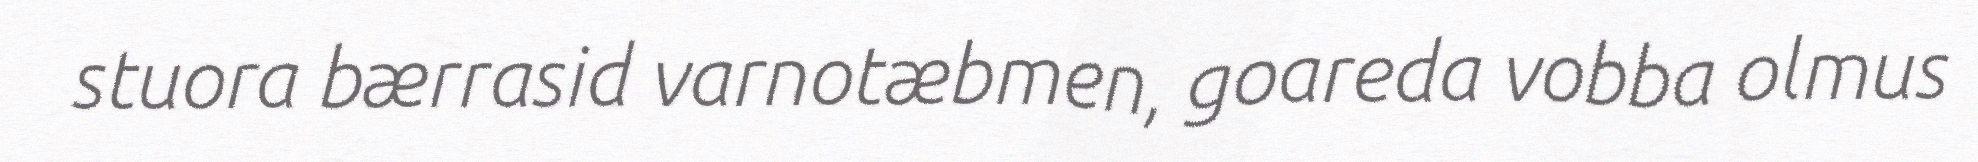
stuora bærrasid varnotæbmen, goareda vobba olmus